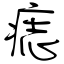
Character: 痣